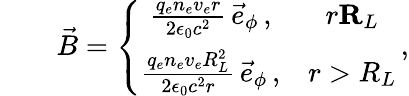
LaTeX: \begin{array}{rlr}&{}&{\vec{B}=\left\{ \begin{array}{cc}{\frac{q_{e}n_{e}v_{e}r}{2\epsilon_{0}c^{2}}\, \vec{e}_{\phi}\, ,}&{r\le R_{L}}\\ {\frac{q_{e}n_{e}v_{e}R_{L}^{2}}{2\epsilon_{0}c^{2}r}\, \vec{e}_{\phi}\, ,}&{r>R_{L}}\end{array}\right.\, ,}\end{array}